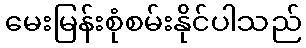
မေးမြန်းစုံစမ်းနိုင်ပါသည်